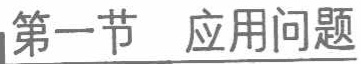
第一节 应用问题